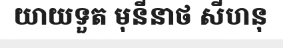
យាយទួត មុនីនាថ សីហនុ